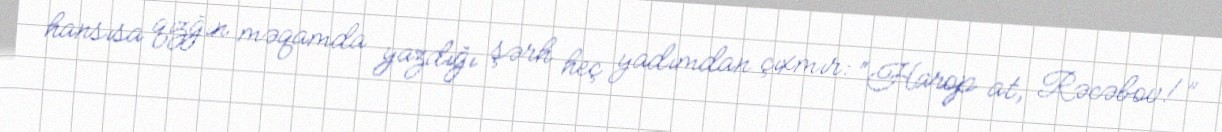
hansısa qızğın məqamda yazdığı şərh heç yadımdan çıxmır: “Harop at, Rəcəbov!”